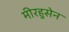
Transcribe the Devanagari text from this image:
मीरहुसेन